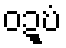
ဝဍ္ဎံ